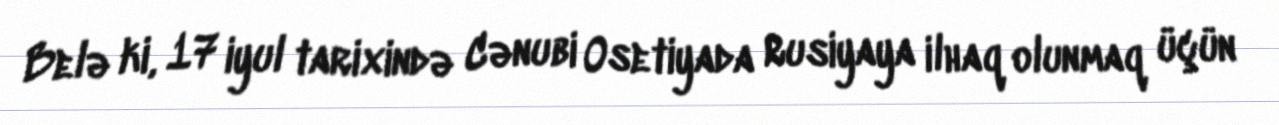
Belə ki, 17 iyul tarixində Cənubi Osetiyada Rusiyaya ilhaq olunmaq üçün